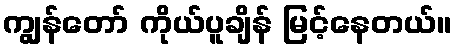
ကျွန်တော် ကိုယ်ပူချိန် မြင့်နေတယ်။